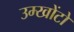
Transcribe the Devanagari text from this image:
उम्खोंटो